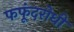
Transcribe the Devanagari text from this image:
फफूंदरोधी